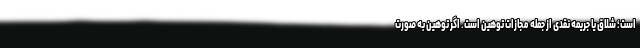
است؛ شلاق یا جریمه نقدی از جمله مجازات توهین است. اگر توهین به صورت